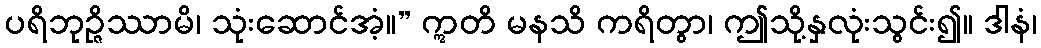
ပရိဘုဉ္ဇိဿာမိ၊ သုံးဆောင်အံ့။” ဣတိ မနသိ ကရိတွာ၊ ဤသို့နှလုံးသွင်း၍။ ဒါနံ၊